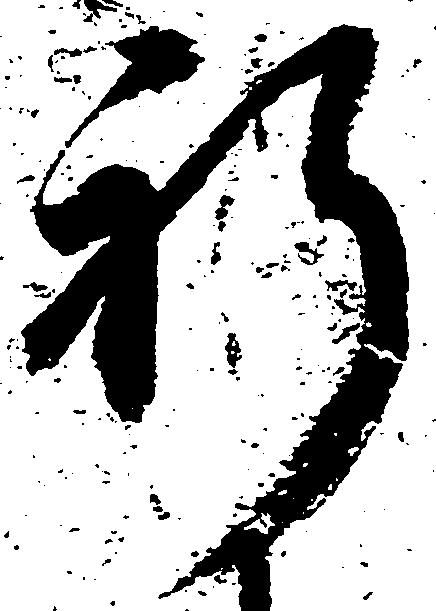
祈